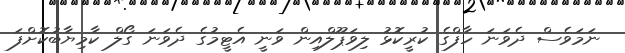
ނަމަވެސް ދެވަނަ ހާފްގެ ކުރީކޮޅު ލިވަޕޫލްއިން ވަނީ އެޓީމުގެ ދެވަނަ ގޯލް ކާމިޔާބުކޮށްފަ